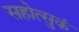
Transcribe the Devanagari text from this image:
सहोत्सुकं